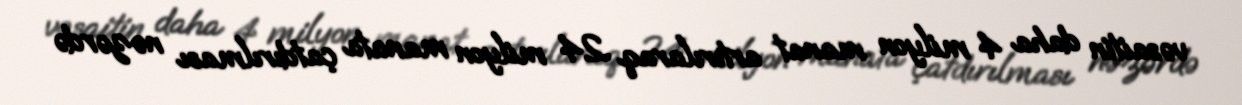
vəsaitin daha 4 milyon manat artırılaraq 24 milyon manata çatdırılması nəzərdə